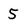
Character: 5